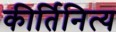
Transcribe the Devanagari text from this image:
कीर्तिनित्य